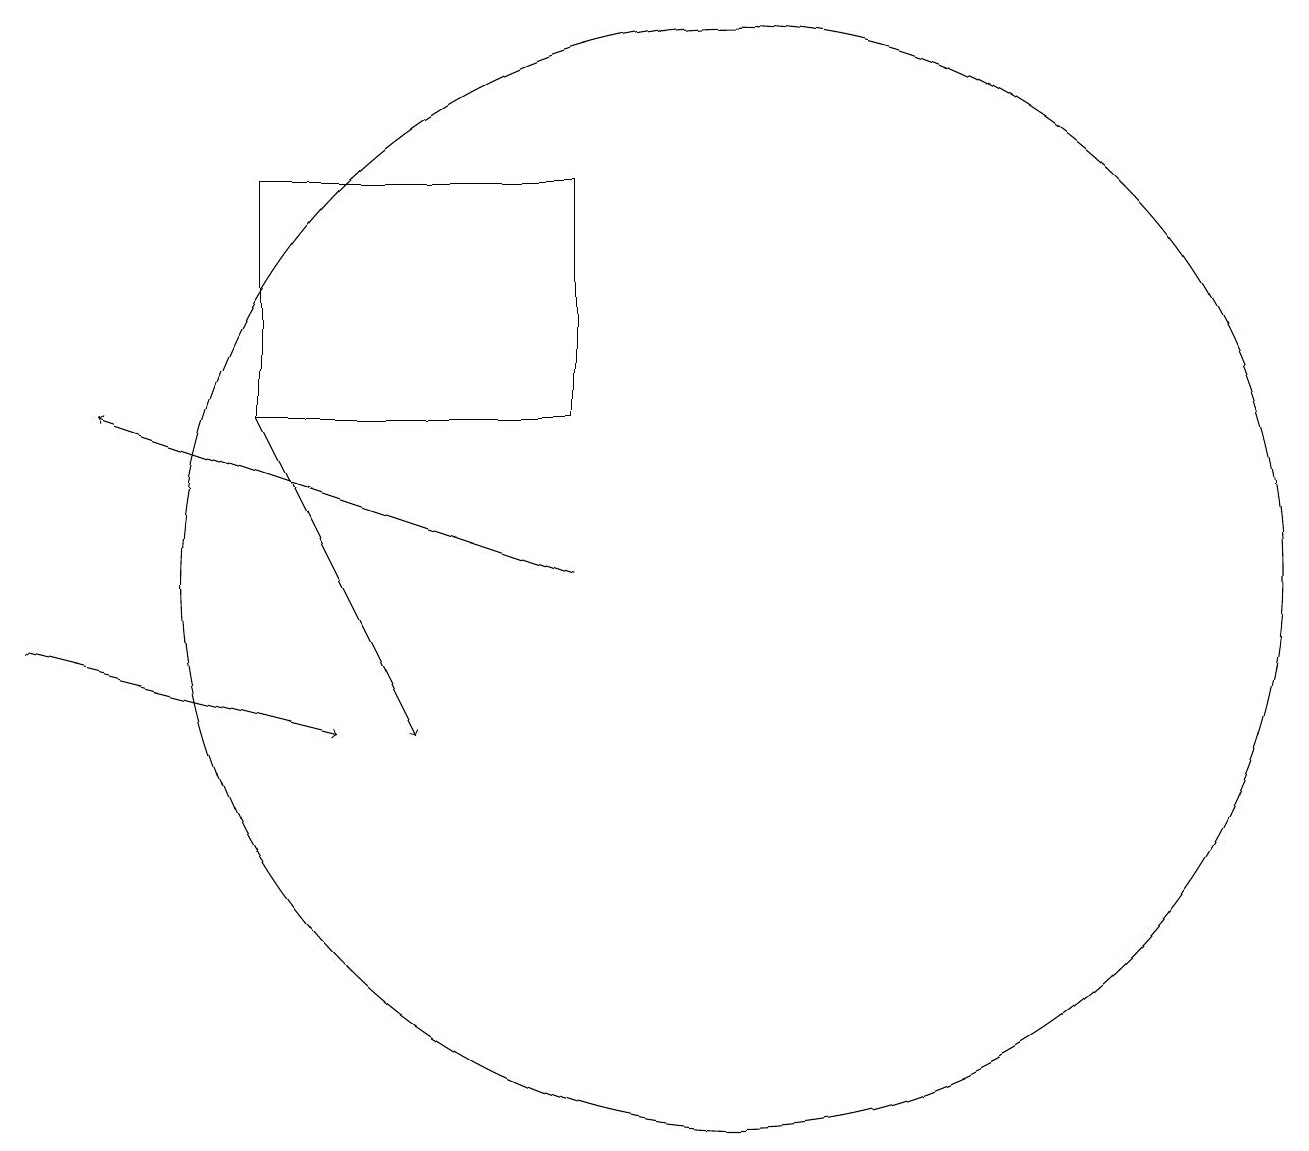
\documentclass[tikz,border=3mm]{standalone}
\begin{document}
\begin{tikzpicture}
\draw (8,14) rectangle (4,17);
\draw[->] (1,11) -- (5,10);
\draw[->] (4,14) -- (6,10);
\draw (10,12) circle (7);
\draw[->] (8,12) -- (2,14);
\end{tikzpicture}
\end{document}